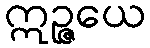
ဣဉ္ဇယေ